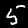
Digit: 5